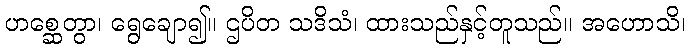
ဟစ္ဆေတွာ၊ ရွေချော၍။ ဌပိတ သဒိသံ၊ ထားသည်နှင့်တူသည်။ အဟောသိ၊